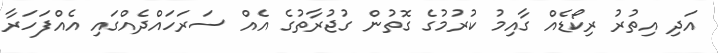
އަދި އިތުރު ރިކޯޑެއް ގާއިމު ކުރުމުގެ ގޮތުން ގުޖުރާތުގެ އެއް ސަރަހައްދެއްގައި އެއްފަހަރާ